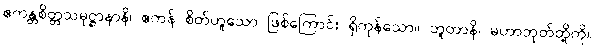
ဧကန္တစိတ္တသမုဋ္ဌာနာနိ၊ ဧကန် စိတ်ဟူသော ဖြစ်ကြောင်း ရှိကုန်သော။ ဘူတာနိ၊ မဟာဘုတ်တို့ကို။